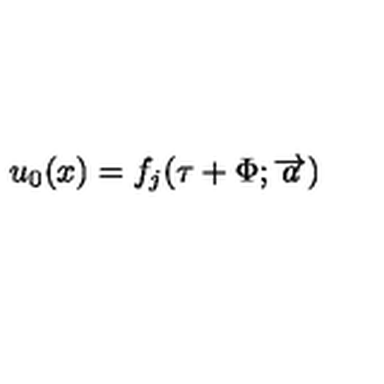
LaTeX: u _ { 0 } ( x ) = f _ { j } ( \tau + \Phi ; \overrightarrow { a } )